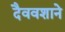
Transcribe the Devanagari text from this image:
दैववशाने